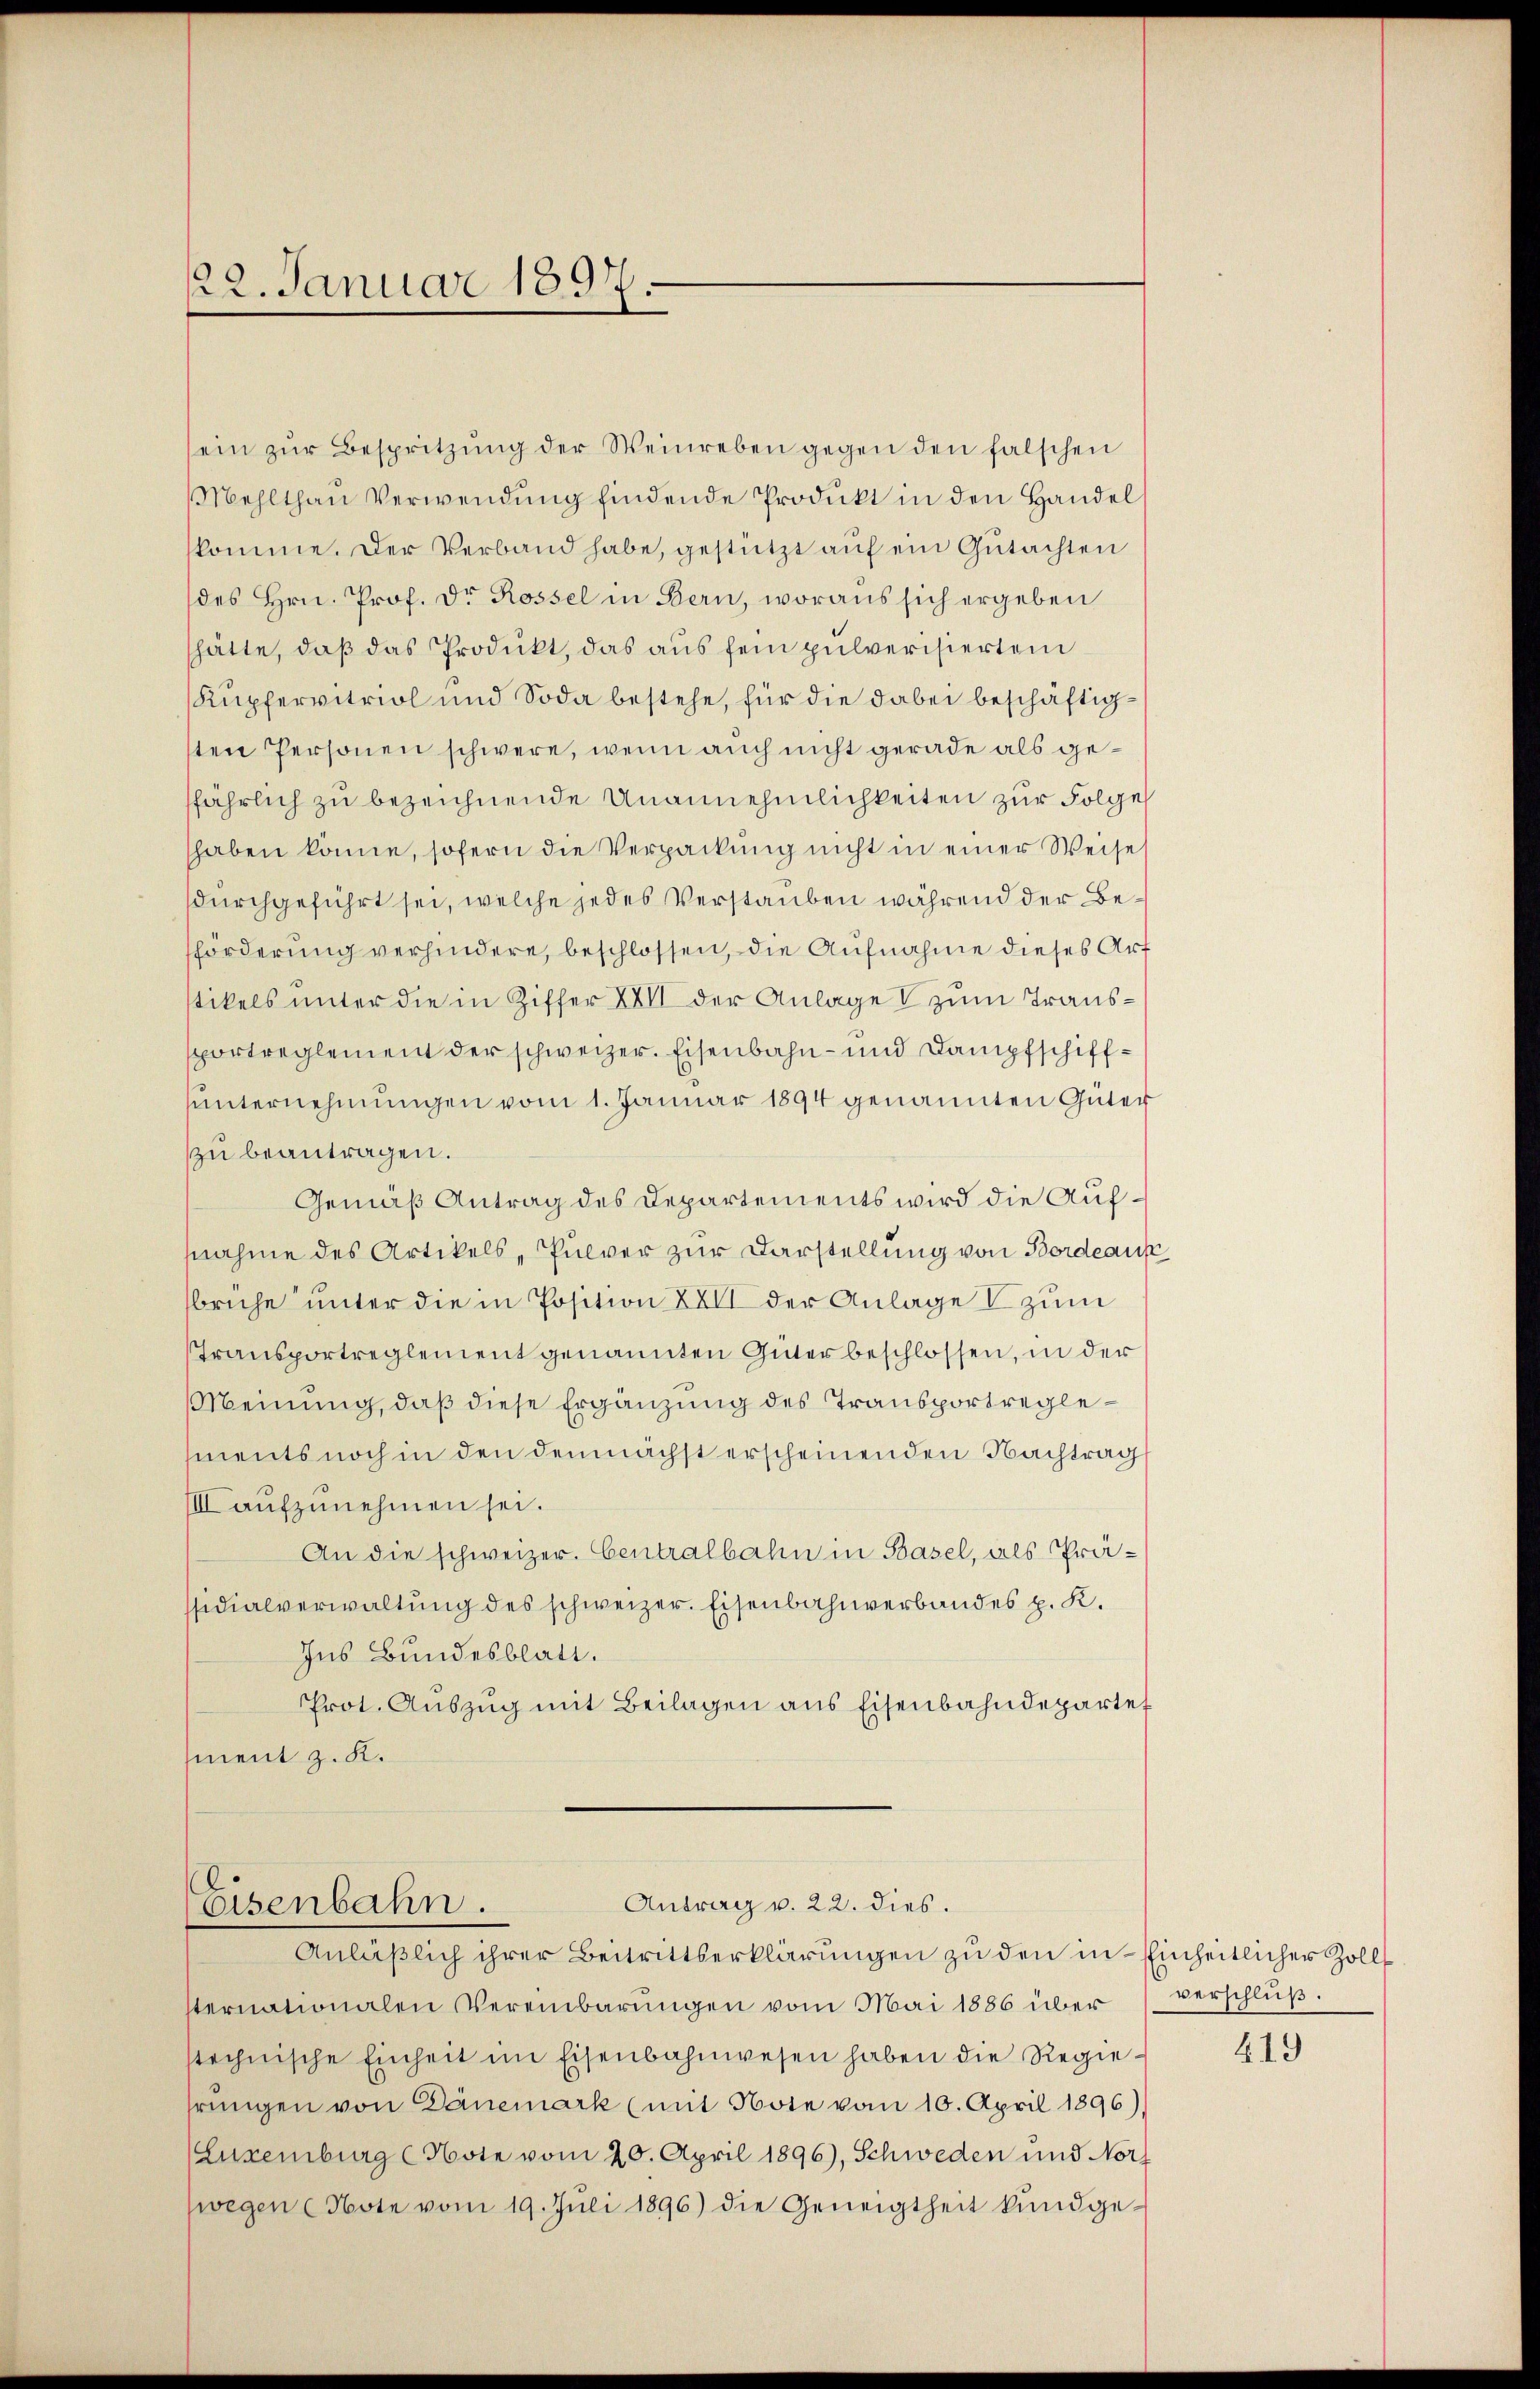
122. Januar 1897.

sein zŭr Bespritzŭng der Weinreben gegen den falschen
Mehlthan Verwendung findende Produkt in den Handel
skomme. Der Verband habe, gestützt auf ein Gutachten
des Hrn. Prof. Dr Rossel in Bern, woraus sich ergeben
hätte, daß das Produkt, das aus sein pulverisiertem
Kupfervitriol und Soda bestehe, für die dabei beschäftigsten Personen schwere, wenn auch nicht gerade als gefährlich zu bezeichnende Unannehmlichkeiten zur Folge
haben könne, sofern die Verpackung nicht in einer Weise
sdurchgeführt sei, welche jedes Verstauben während der Beförderung verhindere, beschlossen, die Aufnahme dieses Art
stikels unter die in Ziffer XXII der Anlage zum Transsportreglement der schweizer. Eisenbahn- und Dampfschiffunternehmungen vom 1. Januar 1894 genannten Güter
zu beantragen.
Gemäß Antrag des Departements wird die Aufsnahme des Artikels, Pulver zur Darstellung von Bordeaus
brühe unter die in Position XXII der Anlage zum
Transportreglement genannten Güter beschlossen, in der
Meinung, daß diese Ergänzung des Transportreglements noch in den demnächst erscheinenden Nachtrags
III aufzunehmen sei.
An die schweizer. Centralbahn in Basel, als Prässidialverwaltung des schweizer. Eisenbahnverbandes p. K.
Ins Bundesblatt.
Prot. Auszug mit Beilagen aus Eisenbahndepartet
ment z. K.

Antrag v. 22. dies.
Eisenbahn.
Anläβlich ihrer Beitrittserklärŭngen zŭ den in Einheitlicher Zoll

sternationalen Vereinbarŭngen vom Mai 1886 über verschlŭβ.
stechnische Einheit im Eisenbahnwesen haben die Regierungen von Dänemark (mit Note vom 10. April 1896),
Luxenburg (Note vom 20. April 1896), Schweden und Nor
wegen Note vom 19. Juli 1896) die Geneigtheit kundge¬

619